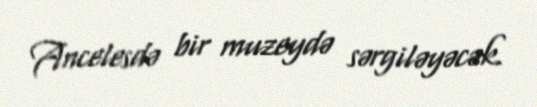
Ancelesdə bir muzeydə sərgiləyəcək.